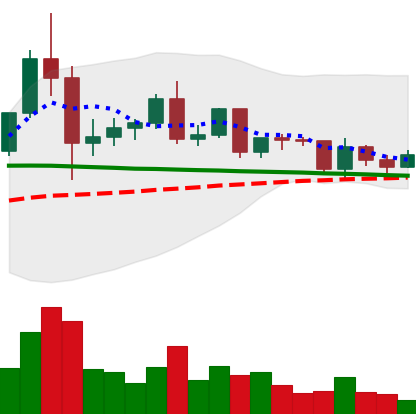
Ticker: ETC-USD
Chart end date: 2020-12-12
Forward return: 8.568%
Label: up_7plus